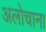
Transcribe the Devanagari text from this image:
अलोचाना